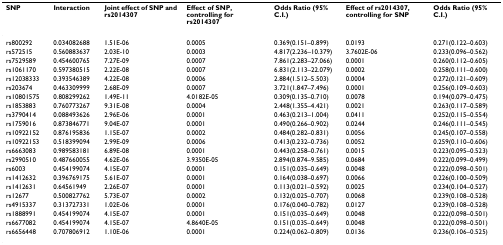
<table><thead><tr><td><b>SNP</b></td><td><b>Interaction</b></td><td><b>Joint effect of SNP and rs2014307</b></td><td><b>Effect of SNP, controlling for rs2014307</b></td><td><b>Odds Ratio (95% C.I.)</b></td><td><b>Effect of rs2014307, controlling for SNP</b></td><td><b>Odds Ratio (95% C.I.)</b></td></tr></thead><tbody><tr><td>rs800292</td><td>0.034082688</td><td>1.51E-06</td><td>0.0005</td><td>0.369(0.151–0.899)</td><td>0.0193</td><td>0.271(0.122–0.603)</td></tr><tr><td>rs572515</td><td>0.560883637</td><td>2.03E-10</td><td>0.0003</td><td>4.817(2.236–10.379)</td><td>3.7602E-06</td><td>0.233(0.096–0.562)</td></tr><tr><td>rs7529589</td><td>0.454600765</td><td>7.27E-09</td><td>0.0007</td><td>7.861(2.283–27.066)</td><td>0.0001</td><td>0.260(0.112–0.605)</td></tr><tr><td>rs1061170</td><td>0.597380515</td><td>2.22E-08</td><td>0.0007</td><td>6.831(2.113–22.079)</td><td>0.0002</td><td>0.258(0.111–0.600)</td></tr><tr><td>rs12038333</td><td>0.393546389</td><td>4.22E-08</td><td>0.0006</td><td>2.884(1.512–5.503)</td><td>0.0004</td><td>0.272(0.121–0.609)</td></tr><tr><td>rs203674</td><td>0.463309999</td><td>2.68E-09</td><td>0.0007</td><td>3.721(1.847–7.496)</td><td>0.0001</td><td>0.256(0.109–0.603)</td></tr><tr><td>rs10801575</td><td>0.808299262</td><td>1.49E-11</td><td>4.0182E-05</td><td>0.309(0.135–0.710)</td><td>0.0078</td><td>0.194(0.079–0.475)</td></tr><tr><td>rs1853883</td><td>0.760773267</td><td>9.31E-08</td><td>0.0004</td><td>2.448(1.355–4.421)</td><td>0.0021</td><td>0.263(0.117–0.589)</td></tr><tr><td>rs3790414</td><td>0.088493626</td><td>2.96E-06</td><td>0.0001</td><td>0.463(0.213–1.004)</td><td>0.0411</td><td>0.252(0.115–0.554)</td></tr><tr><td>rs1759016</td><td>0.873846771</td><td>9.04E-07</td><td>0.0001</td><td>0.490(0.266–0.902)</td><td>0.0244</td><td>0.246(0.111–0.545)</td></tr><tr><td>rs10922152</td><td>0.876195836</td><td>1.15E-07</td><td>0.0002</td><td>0.484(0.282–0.831)</td><td>0.0056</td><td>0.245(0.107–0.558)</td></tr><tr><td>rs10922153</td><td>0.518399094</td><td>2.99E-09</td><td>0.0006</td><td>0.413(0.232–0.736)</td><td>0.0052</td><td>0.259(0.110–0.606)</td></tr><tr><td>rs6663083</td><td>0.989583181</td><td>6.89E-08</td><td>0.0001</td><td>0.443(0.258–0.761)</td><td>0.0015</td><td>0.223(0.095–0.523)</td></tr><tr><td>rs2990510</td><td>0.487660055</td><td>4.62E-06</td><td>3.9350E-05</td><td>2.894(0.874–9.585)</td><td>0.0684</td><td>0.222(0.099–0.499)</td></tr><tr><td>rs6003</td><td>0.454199074</td><td>4.15E-07</td><td>0.0001</td><td>0.151(0.035–0.649)</td><td>0.0048</td><td>0.222(0.098–0.501)</td></tr><tr><td>rs1412632</td><td>0.396769175</td><td>5.61E-07</td><td>0.0001</td><td>0.164(0.038–0.697)</td><td>0.0066</td><td>0.226(0.100–0.509)</td></tr><tr><td>rs1412631</td><td>0.64561949</td><td>2.26E-07</td><td>0.0001</td><td>0.113(0.021–0.592)</td><td>0.0025</td><td>0.234(0.104–0.527)</td></tr><tr><td>rs12677</td><td>0.500827762</td><td>5.73E-07</td><td>0.0002</td><td>0.132(0.025–0.707)</td><td>0.0068</td><td>0.239(0.108–0.528)</td></tr><tr><td>rs4915337</td><td>0.313727331</td><td>1.02E-06</td><td>0.0001</td><td>0.176(0.040–0.782)</td><td>0.0127</td><td>0.239(0.108–0.528)</td></tr><tr><td>rs1888991</td><td>0.454199074</td><td>4.15E-07</td><td>0.0001</td><td>0.151(0.035–0.649)</td><td>0.0048</td><td>0.222(0.098–0.501)</td></tr><tr><td>rs6677082</td><td>0.454199074</td><td>4.15E-07</td><td>4.8640E-05</td><td>0.151(0.035–0.649)</td><td>0.0048</td><td>0.222(0.098–0.501)</td></tr><tr><td>rs6656448</td><td>0.707806912</td><td>1.10E-06</td><td>0.0001</td><td>0.224(0.062–0.809)</td><td>0.0136</td><td>0.236(0.106–0.525)</td></tr></tbody></table>